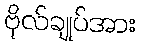
ဗိုလ်ချုပ်အား